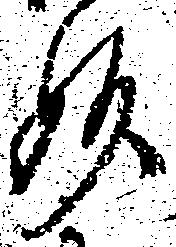
妙